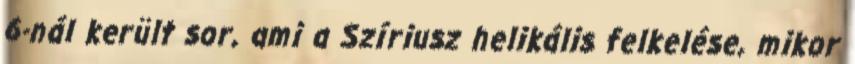
6-nál került sor, ami a Szíriusz helikális felkelése, mikor